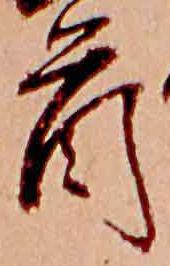
首